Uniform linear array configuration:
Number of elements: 16
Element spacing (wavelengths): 0.25
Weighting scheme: kaiser
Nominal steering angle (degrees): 60
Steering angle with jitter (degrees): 61.583
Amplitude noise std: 0.05
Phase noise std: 0.05

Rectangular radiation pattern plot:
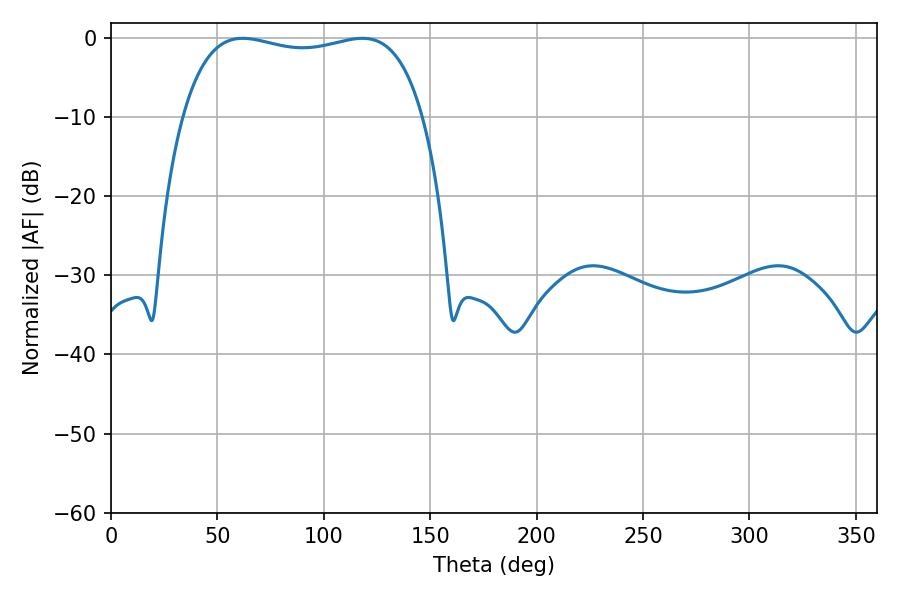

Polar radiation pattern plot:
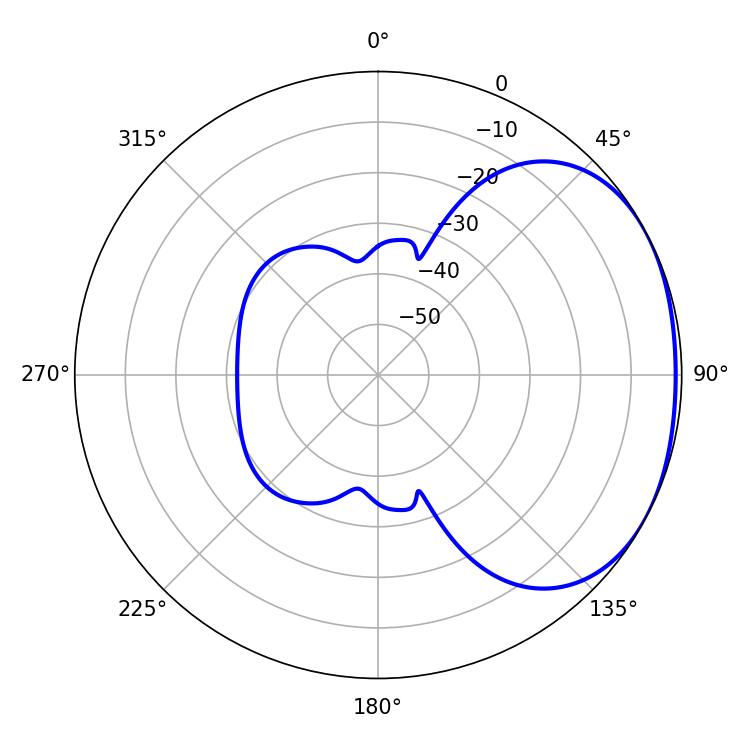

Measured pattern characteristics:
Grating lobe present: FALSE
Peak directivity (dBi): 1.875
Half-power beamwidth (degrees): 91.44
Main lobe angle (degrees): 61.92